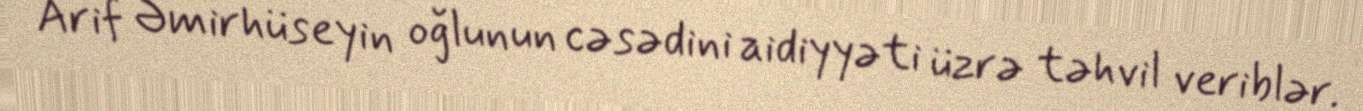
Arif Əmirhüseyin oğlunun cəsədini aidiyyəti üzrə təhvil veriblər.